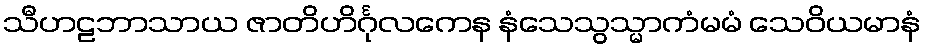
သီဟဠဘာသာယ ဇာတိဟိင်္ဂုလကေန နံသေသွသ္မာကံမမံ သေဝိယမာနံ